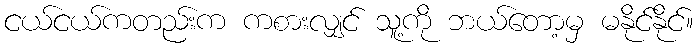
ငယ်ငယ်ကတည်းက ကစားလျှင် သူ့ကို ဘယ်တော့မှ မနိုင်နိုင်။